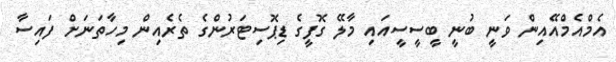
އެމްއެމްއޭއިން ވަނީ ބުނީ ބީސީސީއައި މާލޭ ގޮފީގެ ޑިޕޮސިޓަރުންގެ ތެރެއިން މިހާތަނަށް ފައިސާ